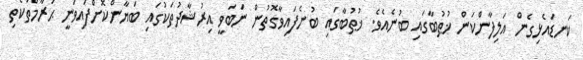
ކަނޑައެޅިގެން އަލިފާންކަން ޚުޠުބާގައި ބުނެއެވެ. ޚުޠުބާގައި ބުނެފައިވާގޮތުން ނަބަވީ އިރުޝާދުތަކުގައި ބަޔާންކޮށްފައިވަނީ ޙަރާމްތަކެތި